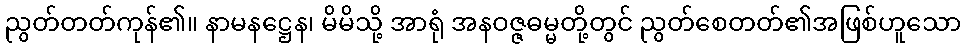
ညွတ်တတ်ကုန်၏။ နာမနဋ္ဌေန၊ မိမိသို့ အာရုံ အနဝဇ္ဇဓမ္မတို့တွင် ညွတ်စေတတ်၏အဖြစ်ဟူသော